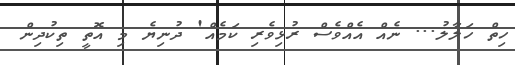
ހިތް ހަލާލު... ނެއް އެއްވެސް ރުޅިވެރި ކަމެއް' ދުނިޔެ މި އޮތީ ތިކުދިން